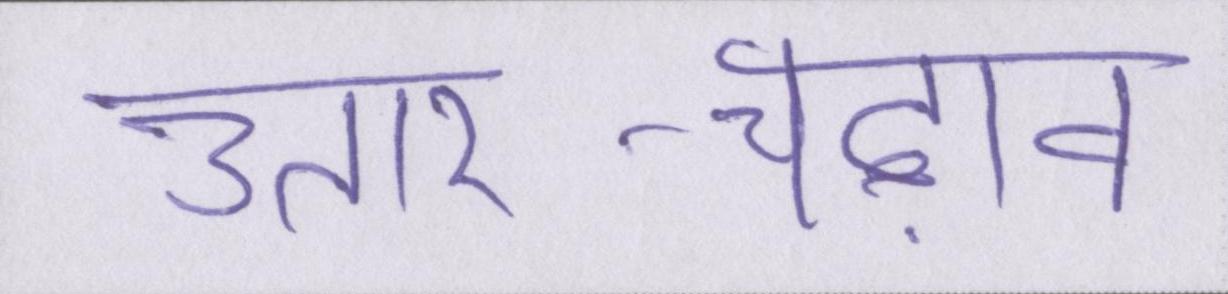
उतार-चढ़ाव